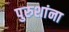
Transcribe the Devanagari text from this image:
पुरुशांना